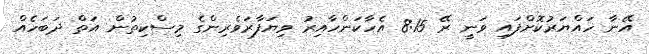
އޭނާ ހައްޔަރުކޮށްފައި ވަނީ ރޭ 8:15 އެހާކަންހާއިރު ވިޔަފާރަވެރިންގެ މިސްކިތުން އަތް ދަބަހެއް